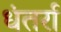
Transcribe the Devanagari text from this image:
धंतर्रा